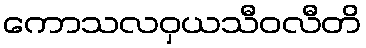
ကောသလဝှယသီဝလီတိ